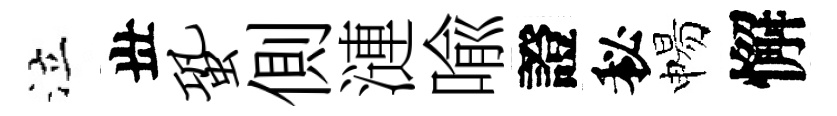
泣丗蛩側漣喩證秘惕懈